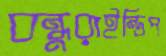
বন্ধুরাইন্ডিপ